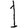
Digit: 1